Vabadussoja_Ajaloo_Komitee, lk 55
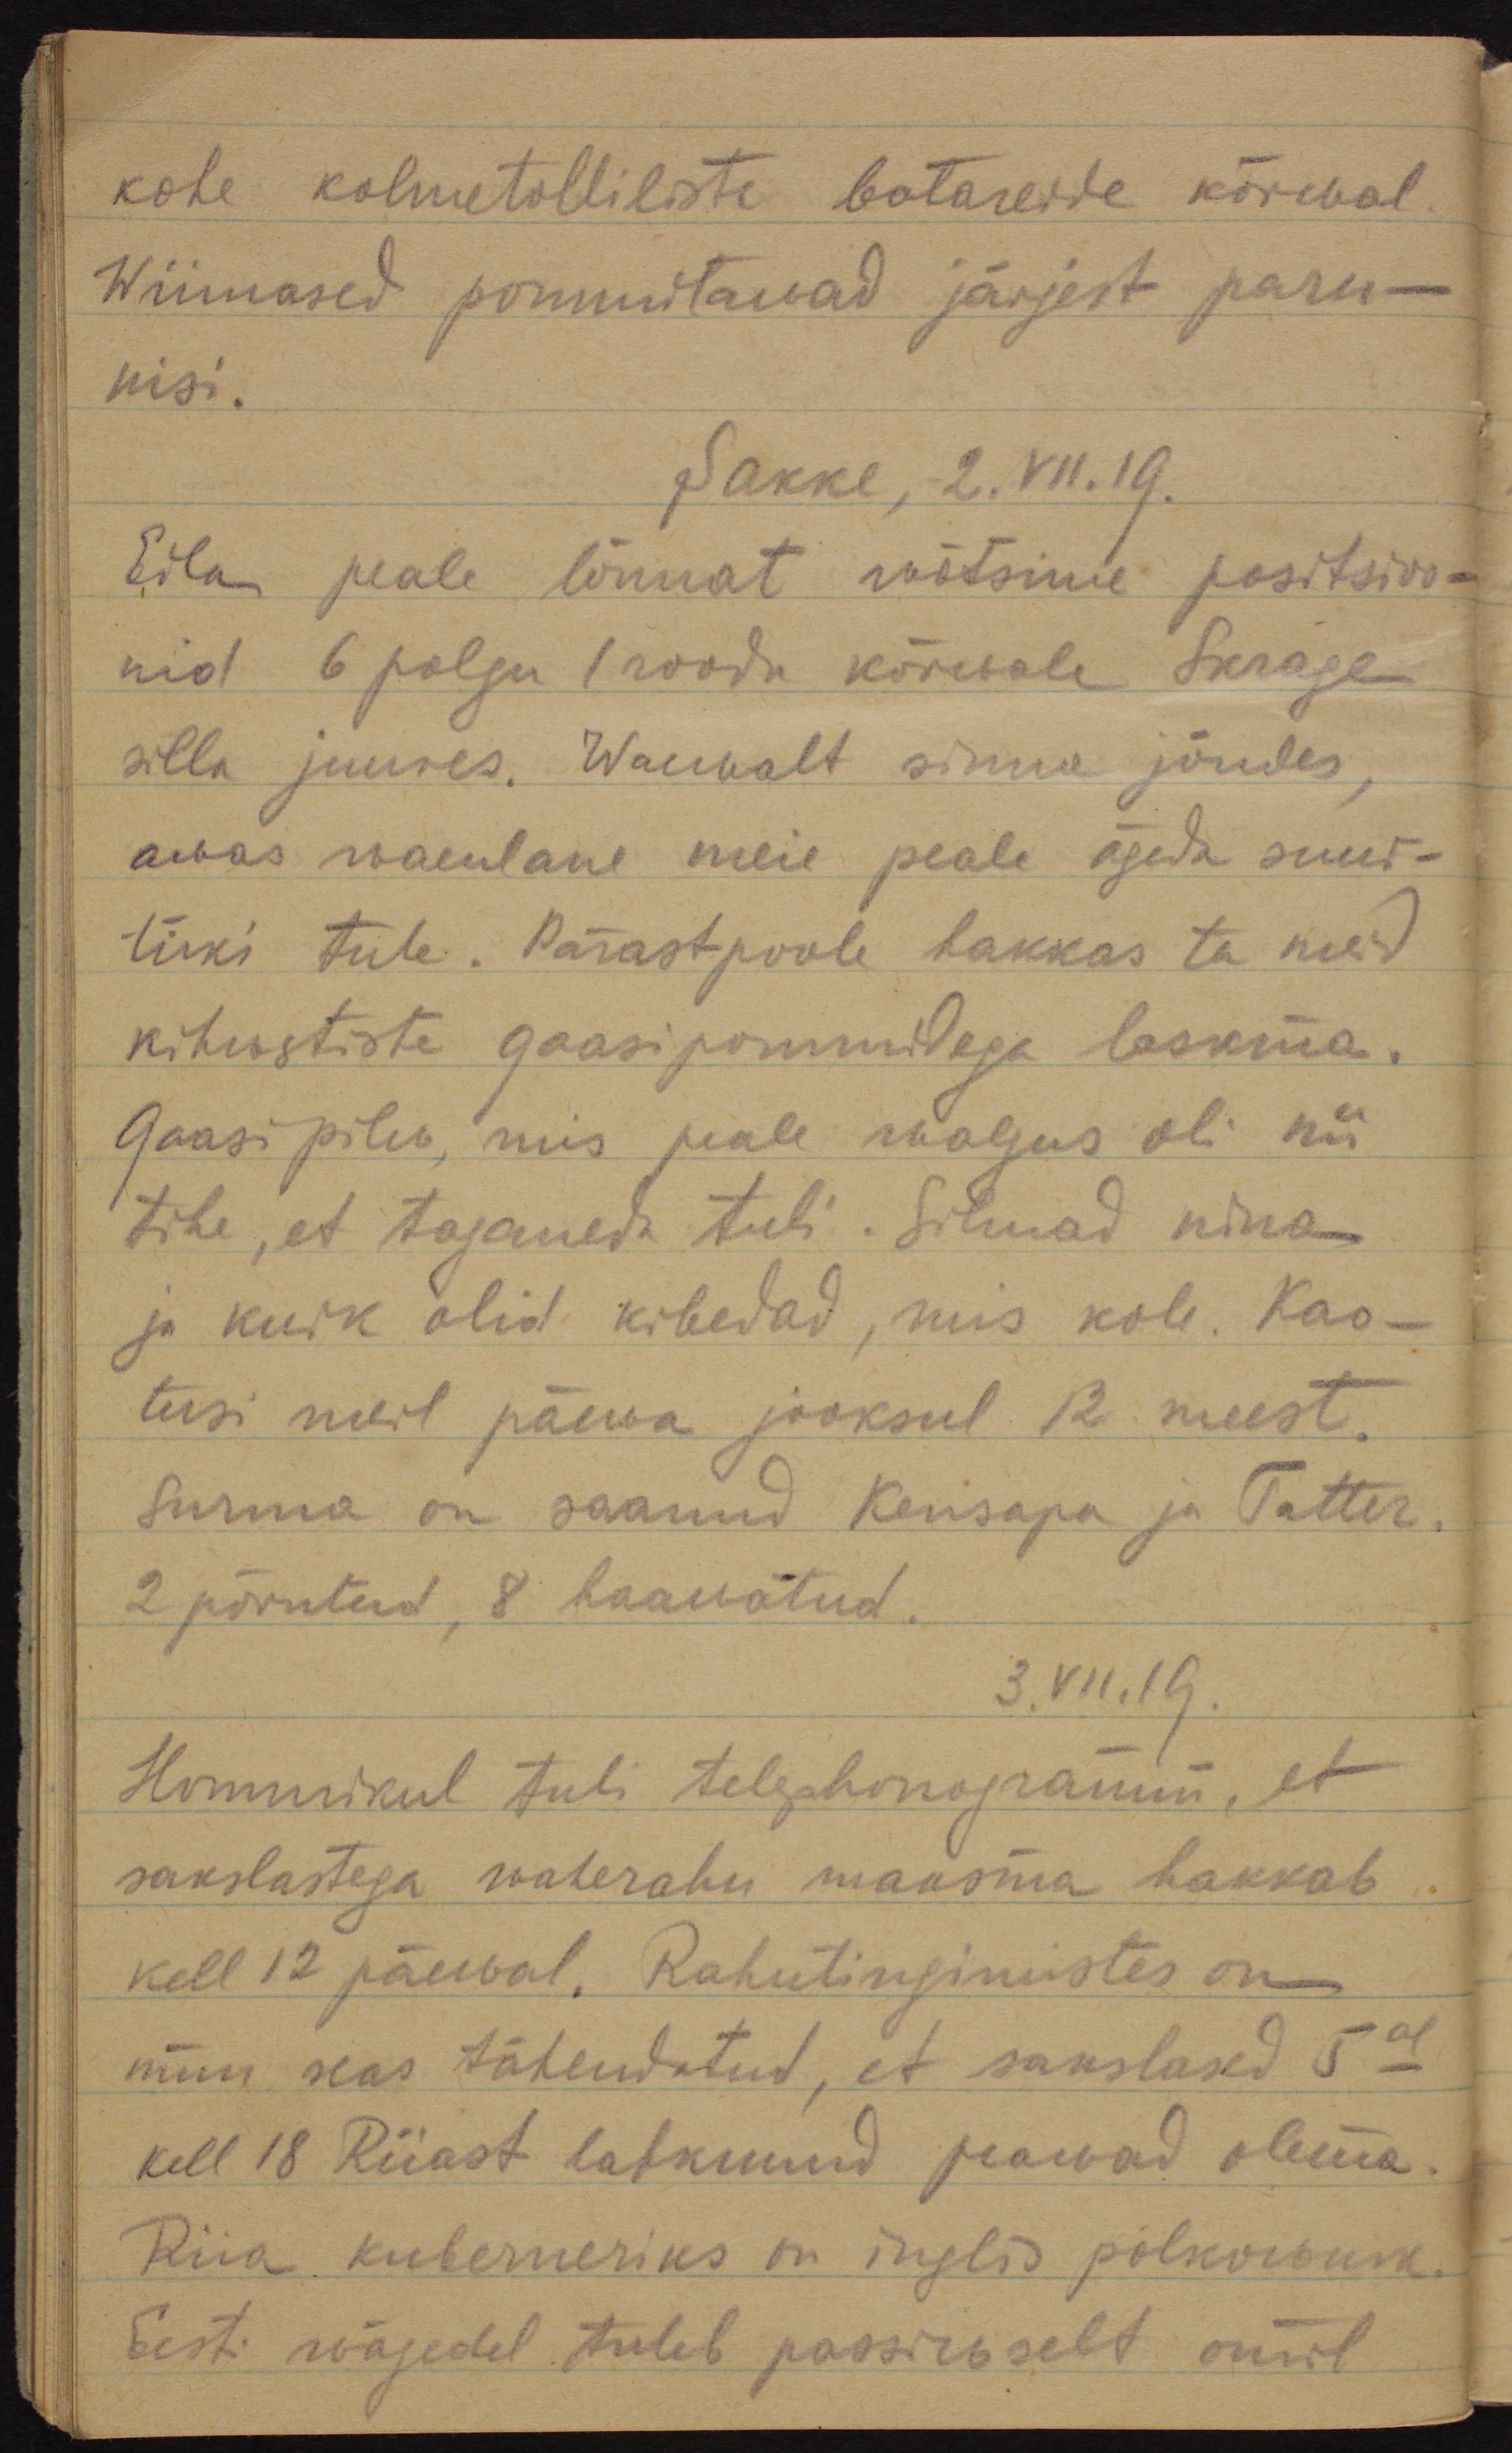
kohe kolmetolliliste batareide kõrwal. 
Wiimased pommitawad järjest paru-
nisi. 
Sakke, 2. VII. 19.
Eila peale lõunat wõtsime positsioo-
nid 6 polgu 1 roodu kõrwale Skrage 
silla juures. Waewalt sinna jõudes, 
awas waenlane meie peale ägeda suur-
tüki tule. Pärastpoole hakkas ta meid
kihwstiste gaasipommidega laskma.
Gaasipilw, mis peale walgus oli nii
tihe, et taganeda tuli. Silmad nina
ja kurk olid kibedad, mis kole. Kao-
tusi meil päewa jooksul 12 meest. 
Surma on saanud Kensapa ja Tatter.
2 põrutatud, 8 haavatud.
3.VII.19.
Hommikul tuli telephonogramm, et
sakslastega waherahu maksma hakkab
kell 12 päewal. Rahutingimustes on 
muu seas tähendatud, et sakslased 5-al
kell 18 Riiast lahkunud peawad olema.
Riia kuberneriks on inglis polkownik.
Eesti wägedel tuleb passiiwselt omil